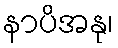
နာပိအနု၊